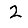
Digit: 2